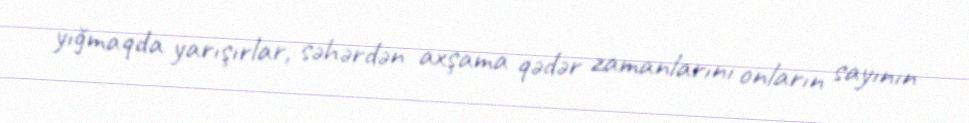
yığmaqda yarışırlar, səhərdən axşama qədər zamanlarını onların sayının